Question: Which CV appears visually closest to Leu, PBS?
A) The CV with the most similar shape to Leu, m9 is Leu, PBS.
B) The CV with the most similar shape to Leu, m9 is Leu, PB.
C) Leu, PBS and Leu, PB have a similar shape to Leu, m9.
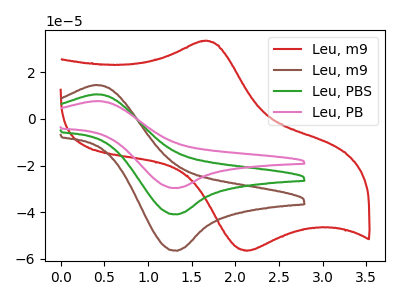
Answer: <think>The red curve "Leu, m9" has an anodic peak at (1.65V, 33.40uA) and a cathodic peak at (2.15V, -56.50uA). The brown curve "Leu, m9" has an anodic peak at (0.40V, 14.55uA) and a cathodic peak at (1.35V, -56.50uA). The green curve "Leu, PBS" has an anodic peak at (0.40V, 10.55uA) and a cathodic peak at (1.35V, -40.95uA). The pink curve "Leu, PB" has an anodic peak at (0.40V, 21.05uA) and a cathodic peak at (1.35V, -81.90uA).
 "Leu, m9" and "Leu, m9" have at least one peak that do not match. "Leu, m9" and "Leu, PBS" have at least one peak that do not match. "Leu, m9" and "Leu, PB" have at least one peak that do not match. All the peaks in "Leu, m9" have a peak in "Leu, PBS" at the same potential. Every peak in "Leu, m9" is higher than every peak in "Leu, PBS". All the peaks in "Leu, m9" have a peak in "Leu, PB" at the same potential. Every peak in "Leu, m9" is lower than every peak in "Leu, PB". All the peaks in "Leu, PBS" have a peak in "Leu, PB" at the same potential. Every peak in "Leu, PBS" is lower than every peak in "Leu, PB".</think>
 <answer>C) "Leu, PBS" and "Leu, PB" have a similar shape to "Leu, m9".</answer>
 <eval>C</eval>